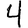
Digit: 4